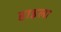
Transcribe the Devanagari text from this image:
हाइला